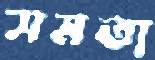
সমতা